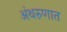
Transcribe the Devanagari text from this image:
अंथरुणात